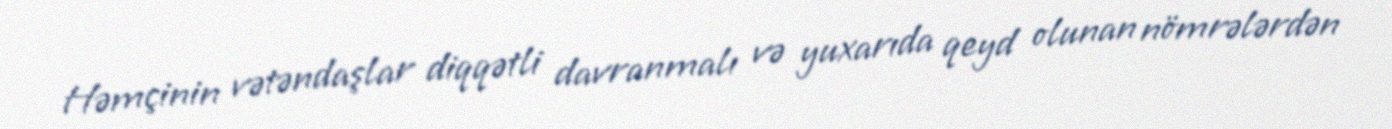
Həmçinin vətəndaşlar diqqətli davranmalı və yuxarıda qeyd olunan nömrələrdən